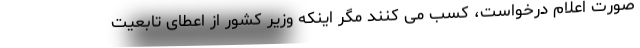
صورت اعلام درخواست، کسب می کنند مگر اینکه وزیر کشور از اعطای تابعیت